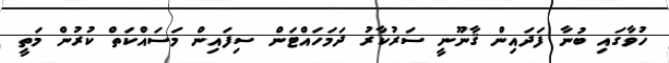
ހުވާގައި ބުނާ ފަދައިން ޤާނޫނީ ސަރުކާރު ދަމަހައްޓަން ސިފައިން މަސައްކަތް ކުރުން މަތީ